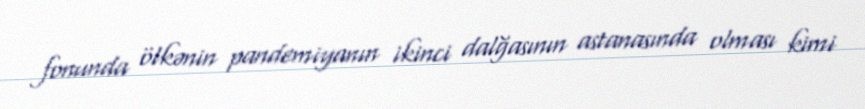
fonunda ölkənin pandemiyanın ikinci dalğasının astanasında olması kimi